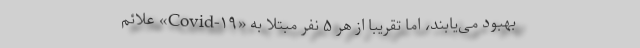
بهبود می‌یابند، اما تقریباً از هر ۵ نفر مبتلا به «Covid-۱۹» علائم